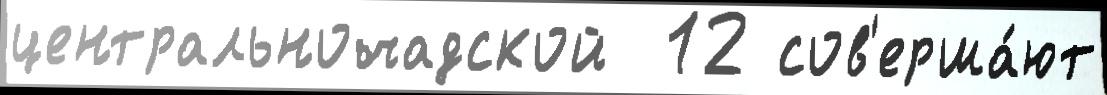
центральночадской  12 сов'ерша́ют